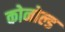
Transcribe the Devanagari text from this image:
कोनोल्ड